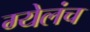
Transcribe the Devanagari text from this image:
ग्येलंच